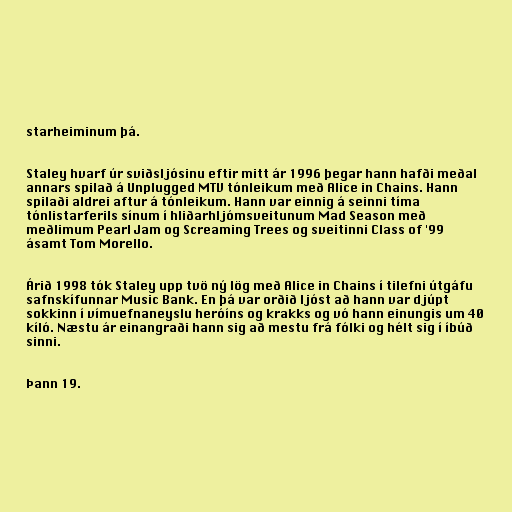
starheiminum þá.

Staley hvarf úr sviðsljósinu eftir mitt ár 1996 þegar hann hafði meðal
annars spilað á Unplugged MTV tónleikum með Alice in Chains. Hann
spilaði aldrei aftur á tónleikum. Hann var einnig á seinni tíma
tónlistarferils sínum í hliðarhljómsveitunum Mad Season með
meðlimum Pearl Jam og Screaming Trees og sveitinni Class of '99
ásamt Tom Morello.

Árið 1998 tók Staley upp tvö ný lög með Alice in Chains í tilefni útgáfu
safnskífunnar Music Bank. En þá var orðið ljóst að hann var djúpt
sokkinn í vímuefnaneyslu heróíns og krakks og vó hann einungis um 40
kíló. Næstu ár einangraði hann sig að mestu frá fólki og hélt sig í íbúð
sinni.

Þann 19.